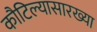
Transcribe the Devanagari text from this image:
कौटिल्यासारख्या